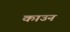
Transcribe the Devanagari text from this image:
काउन